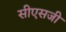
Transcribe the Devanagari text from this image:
सीएसजी